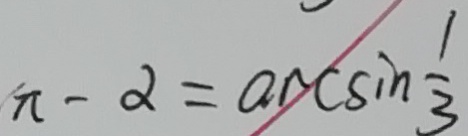
\pi - \alpha = \arcsin \frac { 1 } { 3 }